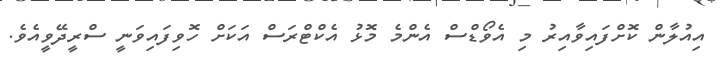
އިއުލާން ކޮށްފައިވާއިރު މި އެވޯޑްސް އެންމެ މޮޅު އެކްޓްރަސް އަކަށް ހޮވިފައިވަނީ ސްރީދޭވީއެވެ.